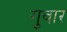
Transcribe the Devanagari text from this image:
गुवार